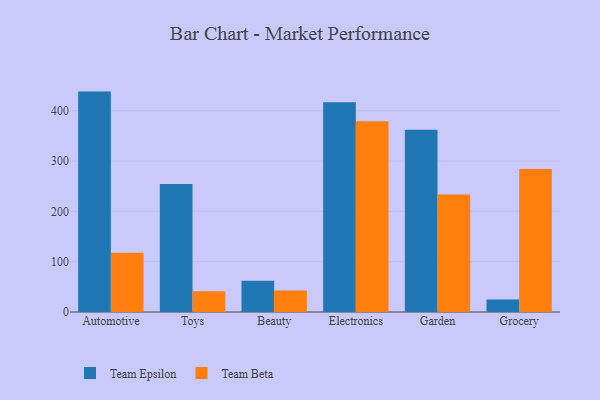
{"axis": {"x": "Category", "y": "Page Views"}, "legend": ["Team Beta", "Team Epsilon"], "data": [{"x": "Automotive", "y": 438.0, "type": "Team Epsilon"}, {"x": "Automotive", "y": 117.5, "type": "Team Beta"}, {"x": "Toys", "y": 254.2, "type": "Team Epsilon"}, {"x": "Toys", "y": 41.2, "type": "Team Beta"}, {"x": "Beauty", "y": 62.3, "type": "Team Epsilon"}, {"x": "Beauty", "y": 42.8, "type": "Team Beta"}, {"x": "Electronics", "y": 416.8, "type": "Team Epsilon"}, {"x": "Electronics", "y": 379.3, "type": "Team Beta"}, {"x": "Garden", "y": 362.0, "type": "Team Epsilon"}, {"x": "Garden", "y": 233.6, "type": "Team Beta"}, {"x": "Grocery", "y": 24.9, "type": "Team Epsilon"}, {"x": "Grocery", "y": 284.2, "type": "Team Beta"}]}